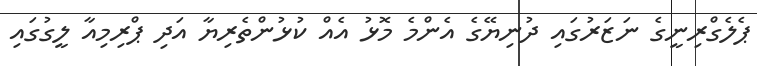
ޕެލެގްރިނީގެ ނަޒަރުގައި ދުނިޔޭގެ އެންމެ މޮޅު އެއް ކުޅުންތެރިޔާ އަދި ޕްރިމިއާ ލީގުގައި